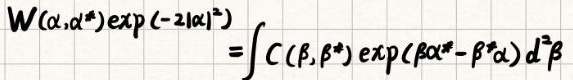
\[ W(\alpha,\alpha^*) \exp(-2|\alpha|^2) = \int C(\beta,\beta^*) \exp(\beta\alpha^* - \beta^*\alpha) d^2\beta \]